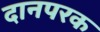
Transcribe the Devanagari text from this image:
दानपरक